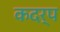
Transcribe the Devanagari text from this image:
कदर्प